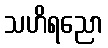
သဟိရညော